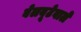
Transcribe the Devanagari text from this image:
बेलबूटेवाले